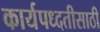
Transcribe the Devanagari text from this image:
कार्यपध्दतीसाठी